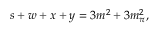
s + w + x + y = 3 m ^ { 2 } + 3 m _ { \pi } ^ { 2 } ,